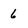
Character: 6